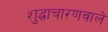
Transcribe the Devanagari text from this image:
शुद्धाचारणवाले